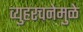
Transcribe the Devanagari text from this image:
व्युहरचनेमुळे